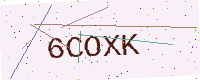
Text: 6COXK